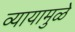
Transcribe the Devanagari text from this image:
व्यायामुळे